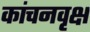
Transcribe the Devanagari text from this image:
कांचनवृक्ष